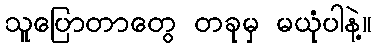
သူပြောတာတွေ တခုမှ မယုံပါနဲ့။